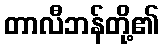
တာလီဘန်တို့၏